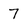
Character: 7